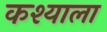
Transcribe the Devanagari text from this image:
कश्याला